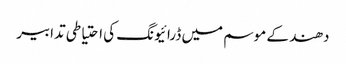
دھند کے موسم میں ڈرائیونگ کی احتیاطی تدابیر